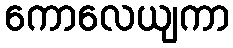
ကောလေယျကာ